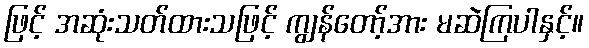
ဖြင့် အဆုံးသတ်ထားသဖြင့် ကျွန်တော့်အား မဆဲကြပါနှင့်။